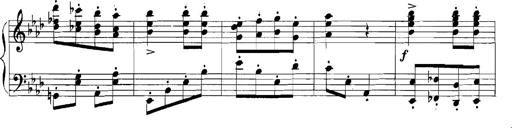
Title: Rhapsodies hongroises
Composer: Franz Liszt